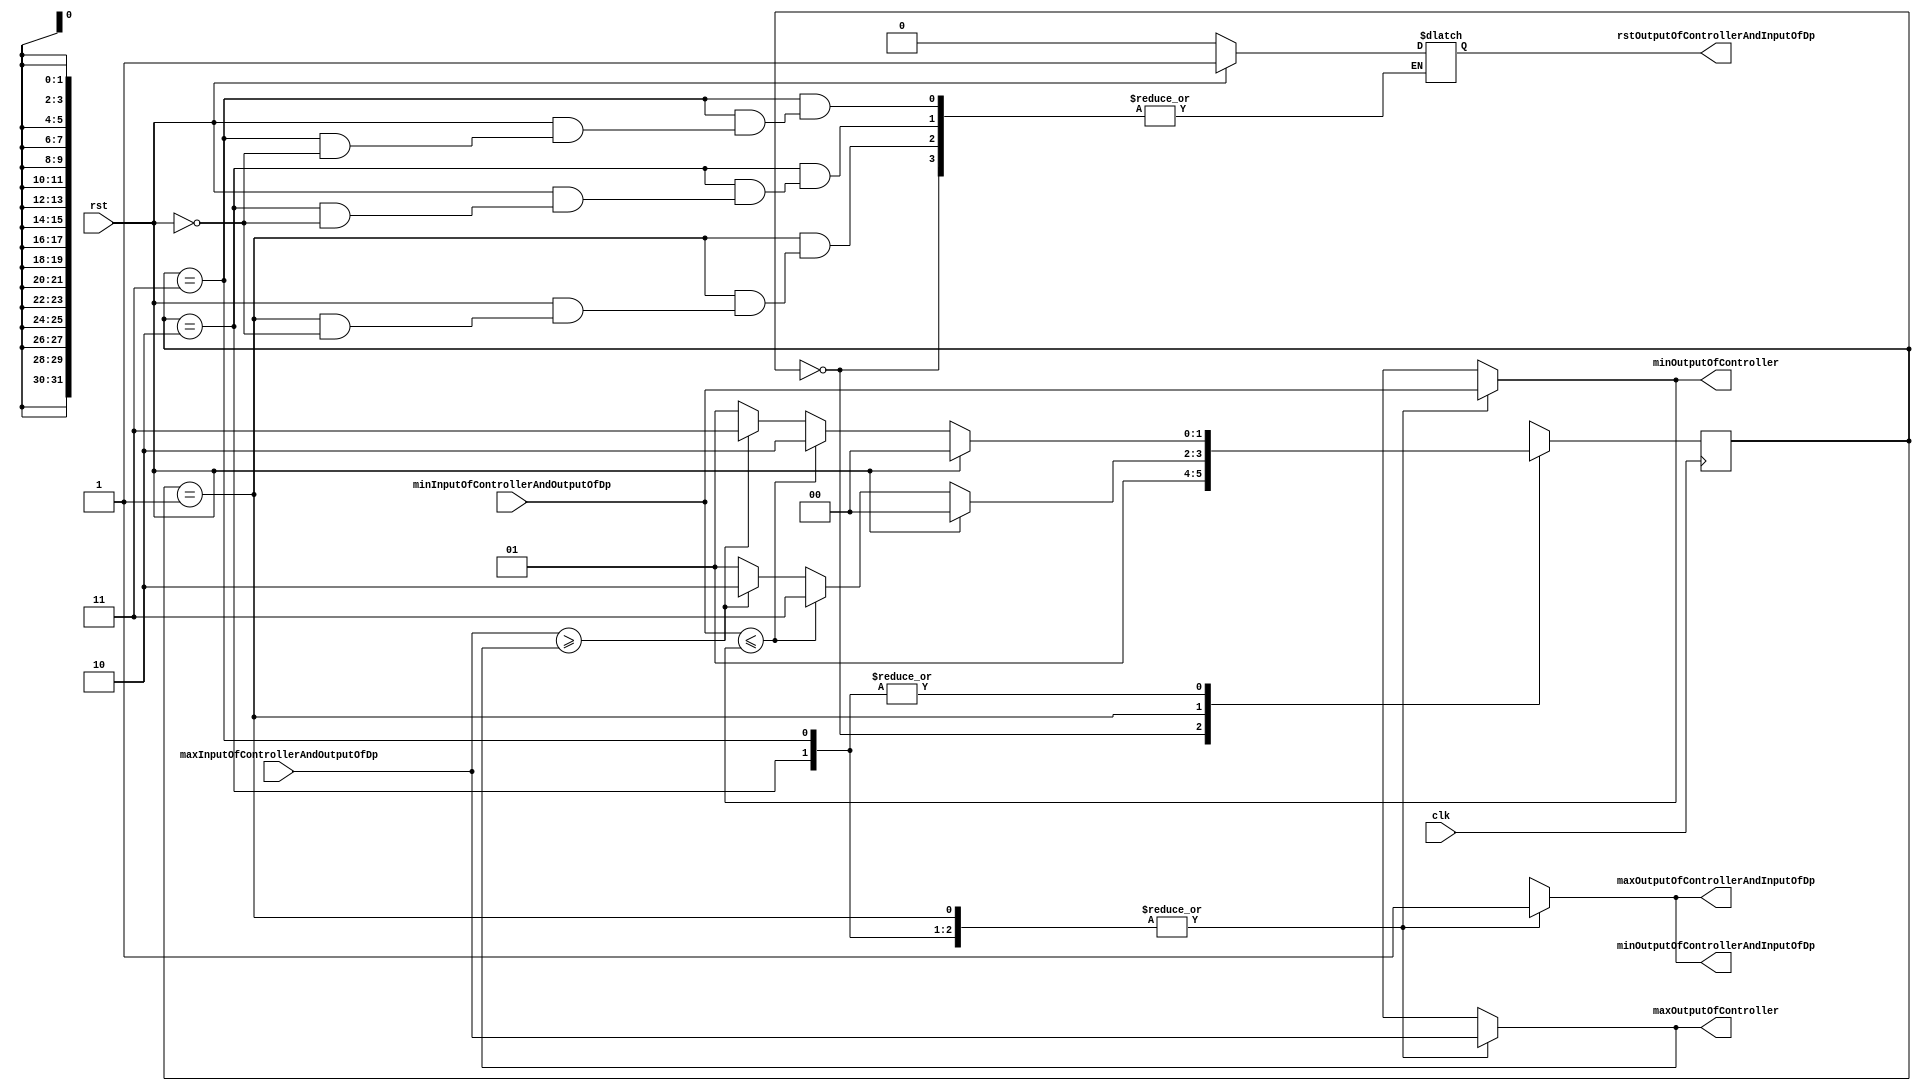
module Controller(
    output reg [31:0] minOutputOfController,
    output reg [31:0] maxOutputOfController,
    output reg minOutputOfControllerAndInputOfDp,
    output reg maxOutputOfControllerAndInputOfDp,
    output reg rstOutputOfControllerAndInputOfDp,
    input wire [31:0] minInputOfControllerAndOutputOfDp, 
    input wire [31:0] maxInputOfControllerAndOutputOfDp,  
    input wire rst,
    input wire clk
);




parameter S0 = 2'b00;
parameter S1 = 2'b01;
parameter S2 = 2'b10;
parameter S3 = 2'b11;





reg [1:0] current_state;
reg [1:0] next_state;


initial begin
    current_state = S0;
end

// Outputs
always @(*) begin
    case(current_state)
    S0: begin
        minOutputOfControllerAndInputOfDp <= 1;
        maxOutputOfControllerAndInputOfDp <= 1;
        minOutputOfController <= minInputOfControllerAndOutputOfDp;  // minInput
        maxOutputOfController <= maxInputOfControllerAndOutputOfDp;// maxInput
    end
    S1: begin
        minOutputOfControllerAndInputOfDp <= 1;
        maxOutputOfControllerAndInputOfDp <= 1;
        minOutputOfController <= minInputOfControllerAndOutputOfDp;
        maxOutputOfController <= maxInputOfControllerAndOutputOfDp;
    end
    S2: begin
        minOutputOfControllerAndInputOfDp <= 1;
        maxOutputOfControllerAndInputOfDp <= 1;
        minOutputOfController <= minInputOfControllerAndOutputOfDp;
        maxOutputOfController <= maxInputOfControllerAndOutputOfDp;
    end
    S3: begin
        minOutputOfControllerAndInputOfDp <= 1;
        maxOutputOfControllerAndInputOfDp <= 1;
        minOutputOfController <= minInputOfControllerAndOutputOfDp;
        maxOutputOfController <= maxInputOfControllerAndOutputOfDp;
    end
    endcase
end


// state transitions
always @(*) begin
    case(current_state)
    S0: begin
        next_state = S1;
    end
    S1: begin
        
        if(rst == 1) 
            begin
                rstOutputOfControllerAndInputOfDp = 1;
                next_state = S0;
            end
        else if(minInputOfControllerAndOutputOfDp <= minOutputOfController) next_state = S3;
        else if(maxInputOfControllerAndOutputOfDp >= maxOutputOfController) next_state = S2;
        else next_state = S1;
        if(rst == 0) rstOutputOfControllerAndInputOfDp = 0;
        // $display("nextState : " + next_state);
    end
    S2: begin
       
        if(rst == 1) 
            begin
                rstOutputOfControllerAndInputOfDp = 1;
                next_state = S0;
            end
        else if(minInputOfControllerAndOutputOfDp <= minOutputOfController) next_state = S2;
        else if(maxInputOfControllerAndOutputOfDp >= maxOutputOfController) next_state = S3;
        else next_state = S1;
         if(rst == 0) rstOutputOfControllerAndInputOfDp = 0;
        // $display("nextState : " + next_state);
    end
    S3: begin
        
        if(rst == 1) 
            begin
                rstOutputOfControllerAndInputOfDp = 1;
                next_state = S0;
            end
        else if(minInputOfControllerAndOutputOfDp <= minOutputOfController) next_state = S2;
        else if(maxInputOfControllerAndOutputOfDp >= maxOutputOfController) next_state = S3;
        else next_state = S1;
        if(rst == 0) rstOutputOfControllerAndInputOfDp = 0;
    end
    default: begin
        next_state = S0;
    end
    endcase
end


always @(posedge clk) begin
    current_state <= next_state; 
end

endmodule